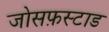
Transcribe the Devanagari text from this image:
जोसफ़स्टाड